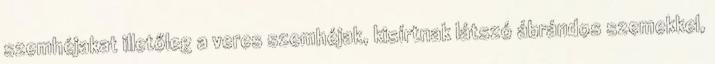
szemhéjakat illetőleg a veres szemhéjak, kisírtnak látszó ábrándos szemekkel,